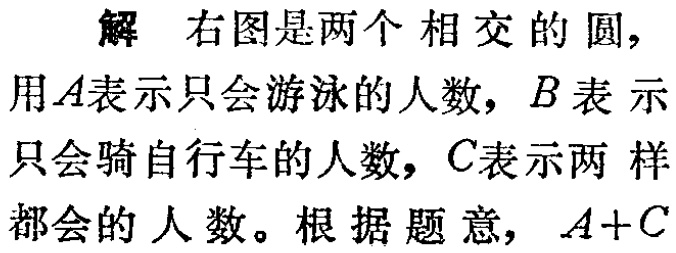
解 右图是两个相交的圆，用\(A\)表示只会游泳的人数，\(B\)表示只会骑自行车的人数，\(C\)表示两样都会的人数。根据题意，\(A + C\)